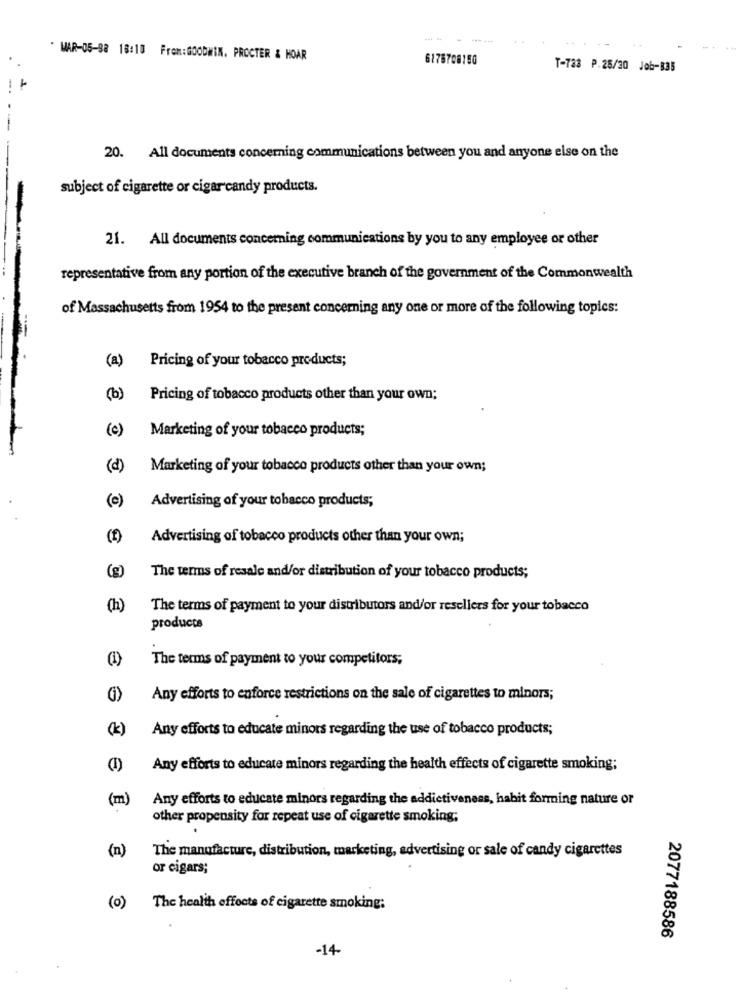
WAR-05-88 18:10 From:GOODWIN. PROCTER & HOAR
6175708150
T-733 P.25/30 Job-835
20. All documents concerning communications between you and anyone else on the
subject of cigarette or cigarcandy products.
21. All documents concerning communications by you to any employee or other
representative from any portion of the executive branch of the government of the Commonwealth
of Massachusetts from 1954 to the present concerning any one or more of the following topics:
(a)
Pricing of your tobacco products;
(b)
Pricing of tobacco products other than your own;
(c)
Marketing of your tobacco products;
(d)
Marketing of your tobacco products other than your own;
(e)
Advertising of your tobacco products;
(f)
Advertising of tobacco products other than your own;
(g)
The terms of resale and/or distribution of your tobacco products;
(h)
The terms of payment to your distributors and/or resellers for your tobacco
products
(1)
The terms of payment to your competitors;
Any efforts to enforce restrictions on the sale of cigarettes to minors;
(k)
Any efforts to educate minors regarding the use of tobacco products;
Any efforts to educate minors regarding the health effects of cigarette smoking;
(m)
Any efforts to educate minors regarding the addictiveness, habit forming nature or
other propensity for repeat use of cigarette smoking;
(n)
The manufacture, distribution, marketing, advertising or sale of candy cigarettes
or cigars;
(0)
The health effects of cigarette smoking:
2077188586
-14-